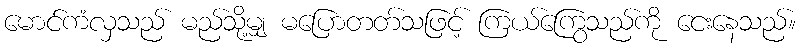
မောင်ကံလှသည် မည်သို့မျှ မပြောတတ်သဖြင့် ကြယ်ကြွေသည်ကို ငေးနေသည်။